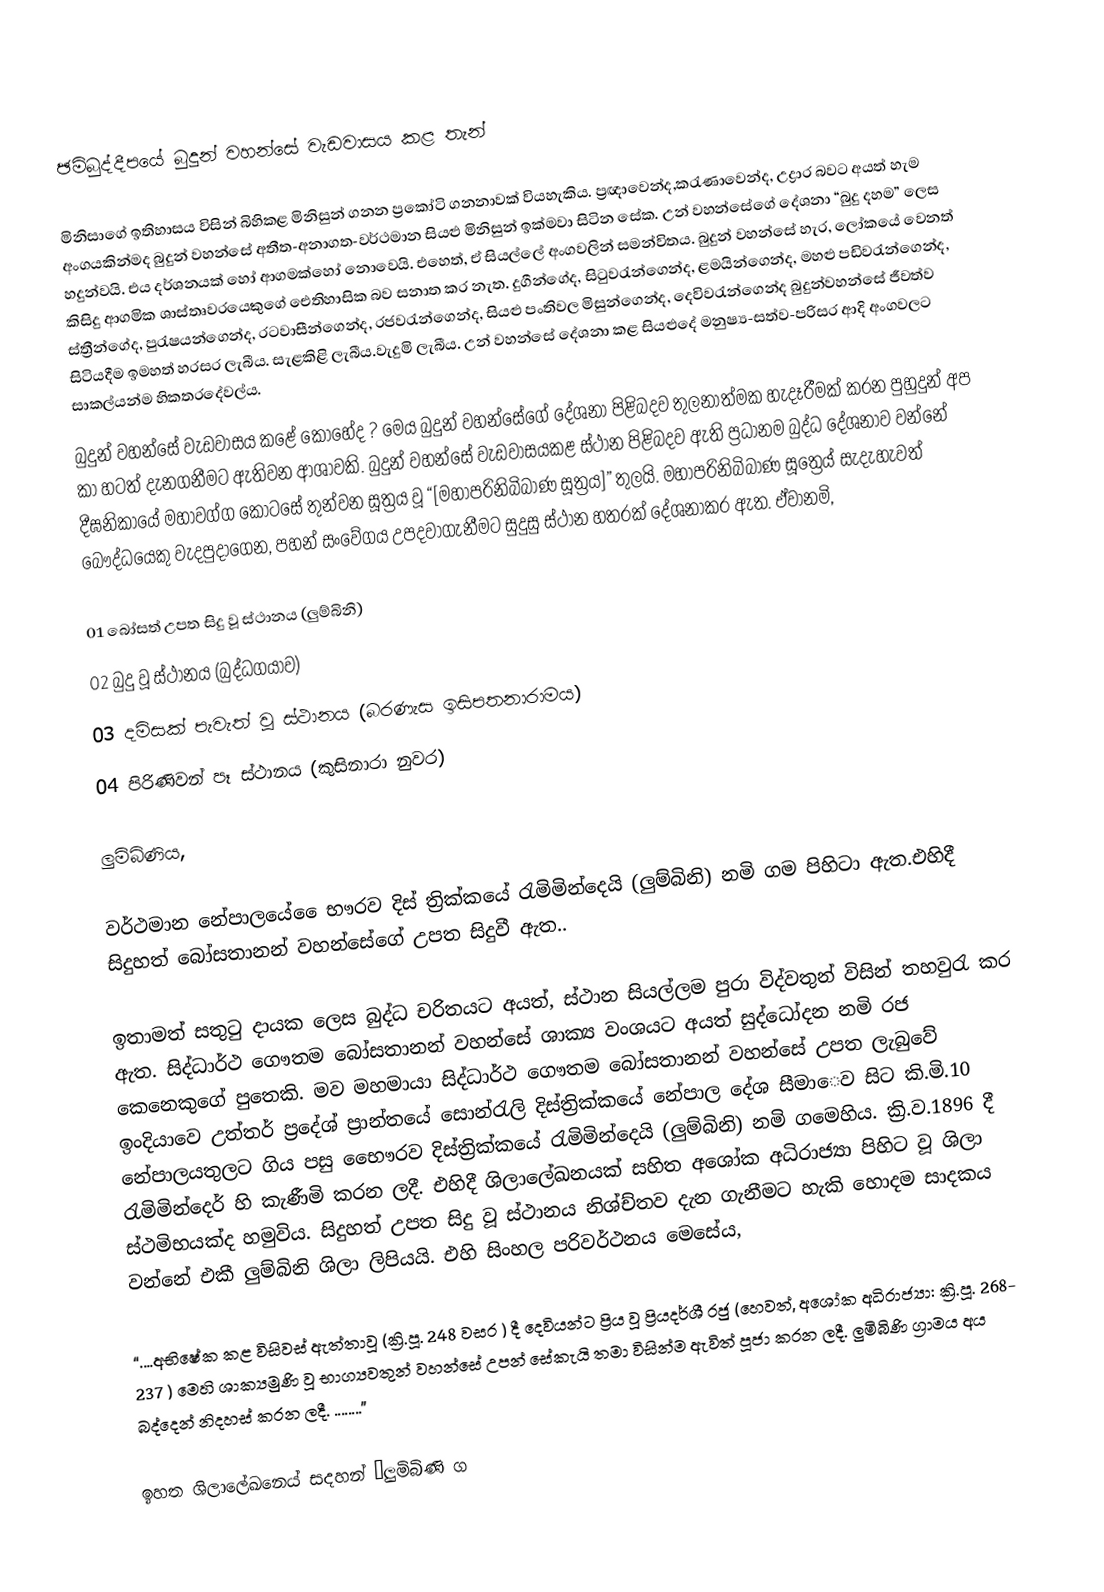

ඡමිබුද්දීපයේ බුදුන් වහන්සේ වැඩවාසය කළ තැන්

මිනිසාගේ ඉතිහාසය විසින් බිහිකළ මිනිසුන් ගනන ප්‍රකෝටි ගනනාවක් වියහැකිය. ප්‍රඥාවෙන්ද,කරැණාවෙන්ද, උද්‍රාර බවට අයත් හැම අංගයකින්මද බුදුන් වහන්සේ අතීත-අනාගත-වර්ථමාන සියළු මිනිසුන් ඉක්මවා සිටින සේක. උන් වහන්සේගේ දේශනා “බුදු දහම” ලෙස හදුන්වයි. එය දර්ශනයක් හෝ ආගමක්හෝ නොවෙයි. එහෙත්, ඒ සියල්ලේ අංගවලින් සමන්විතය. බුදුන් වහන්සේ හැර, ලෝකයේ වෙනත් කිසිදු ආගමික ශාස්තෘවරයෙකුගේ ඓතිහාසික බව සනාත කර නැත. දුගීන්ගේද, සිටුවරැන්ගෙන්ද, ළමයින්ගෙන්ද, මහළු පඩිවරැන්ගෙන්ද, ස්ත්‍රීන්ගේද, පුරැෂයන්ගෙන්ද, රටවාසීන්ගෙන්ද, රජවරැන්ගෙන්ද, සියළු පංතිවල මිසුන්ගෙන්ද, දෙවිවරැන්ගෙන්ද බුදුන්වහන්සේ ජීවත්ව සිටියදීම ඉමහත් හරසර ලැබීය. සැළකිළි ලැබීය.වැදුමි ලැබීය. උන් වහන්සේ දේශනා කළ සියළුදේ මනුෂ්‍ය-සත්ව-පරිසර ආදි අංගවලට සාකල්යන්ම හිකතරදේවල්ය.
බුදුන් වහන්සේ වැඩවාසය කළේ කොහේද ? මෙය බුදුන් වහන්සේගේ දේශනා පිළිබදව තුලනාත්මක හැදෑරීමක් කරන පුහුදුන් අප කා හටත් දැනගනීමට ඇතිවන ආශාවකි. බුදුන් වහන්සේ වැඩවාසයකළ ස්ථාන පිළිබදව ඇති ප්‍රධානම බුද්ධ දේශනාව වන්නේ දීඝනිකායේ මහාවග්ග කෙ‍ාටසේ තුන්වන සූත්‍රය වූ “[මහාපරිනිබිබාණ සූත්‍රය]” තුලයි. මහාපරිනිබිබාණ සූත්‍ර‍ෙය් සැදැහැවත් බෙ‍ෟද්ධයෙකු වැදපුදාගෙන, පහන් සංවේගය උපදවාගැනීමට සුදුසු ස්ථාන හතරක් දේශනාකර ඇත. ඒවානමි,

01 බෝසත් උපත සිදු වූ ස්ථානය  (ලුම්බිනි)
02 බුදු වූ ස්ථානය  (බුද්ධගයාව)
03 දමිසක් පැවැත් වූ ස්ථානය (බරණැස ඉසිපතනාරාමය)
04 පිරිණිවන් පෑ ස්ථානය (කුසිනාරා නුවර)

ලුමිබිණිය,

වර්ථමාන නේපාලයේ ‍‍ෛභෟරව දිස් ත්‍රික්කයේ රැමිමින්දෙයි (ලුම්බිනි) නමි ගම පිහිටා ඇත.එහිදී සිදුහත් බෝසතානන් වහන්සේගේ උපත සිදුවී ඇත..

ඉතාමත් සතුටු දායක ලෙස බුද්ධ චරිතයට අයත්, ස්ථාන සියල්ලම පුරා විද්වතුන් විසින් තහවුරැ කර ඇත. සිද්ධාර්ථ ගෞතම බෝසතානන් වහන්සේ ශාක්‍ය වංශයට අයත් සුද්ධෝදන නමි රජ කෙනෙකුගේ පුතෙකි. මව මහමායා  සිද්ධාර්ථ ගෞතම බෝසතානන් වහන්සේ උපත ලැබුවේ ඉංදියාවෙ උත්තර් ප්‍රදේශ් ප්‍රාන්තයේ සොන්රැලි දිස්ත්‍රික්කයේ නේපාල දේශ සීමා‍ෙව සිට කි.මි.10 නේපාලයතුලට ගිය පසු භෛෟරව දිස්ත්‍රික්කයේ රැමිමින්දෙයි (ලුම්බිනි) නමි ගමෙහිය. ක්‍රි.ව.1896 දී රැමිමින්දෙර් හි කැණීමි කරන ලදී. එහිදී ශිලාලේඛනයක් සහිත අශෝක අධිරාජ්‍යා පිහිට වූ ශිලා ස්ථමිභයක්ද හමුවිය. සිදුහත් උපත සිදු වූ ස්ථානය නිශ්ච්තව දැන ගැනීමට හැකි හොදම සාදකය වන්නේ එකී ලුම්බිනි ශිලා ලිපියයි. එහි සිංහල පරිවර්ථනය මෙසේය,

“....අභිෂේක කළ විසිවස් ඇත්තාවූ (ක්‍රි.පූ. 248 වසර ) දී දෙවියන්ට ප්‍රිය වූ ප්‍රියදර්ශී රජු (හෙවත්, අශෝක අධිරාජ්‍යා: ක්‍රි.පූ. 268- 237 ) මෙහි ශාක්‍යමුණි වූ භාග්‍යවතුන් වහන්සේ උපන් සේකැයි තමා විසින්ම ඇවිත් පූජා කරන ලදී. ලුමිබිණි ග්‍රාමය අය බද්දෙන් නිදහස් කරන ලදී. ........”

ඉහත ශිලාලේඛන‍ෙය් සදහන් ‘ලුමිබිණි ග